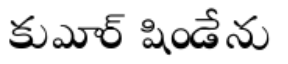
కుమార్ షిండేను